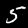
Label: 5